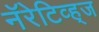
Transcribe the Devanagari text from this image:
नॅरेटिव्ह्‌ज